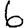
Digit: 6